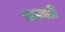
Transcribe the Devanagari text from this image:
ख़ान्ती